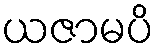
ယဇာမပိ